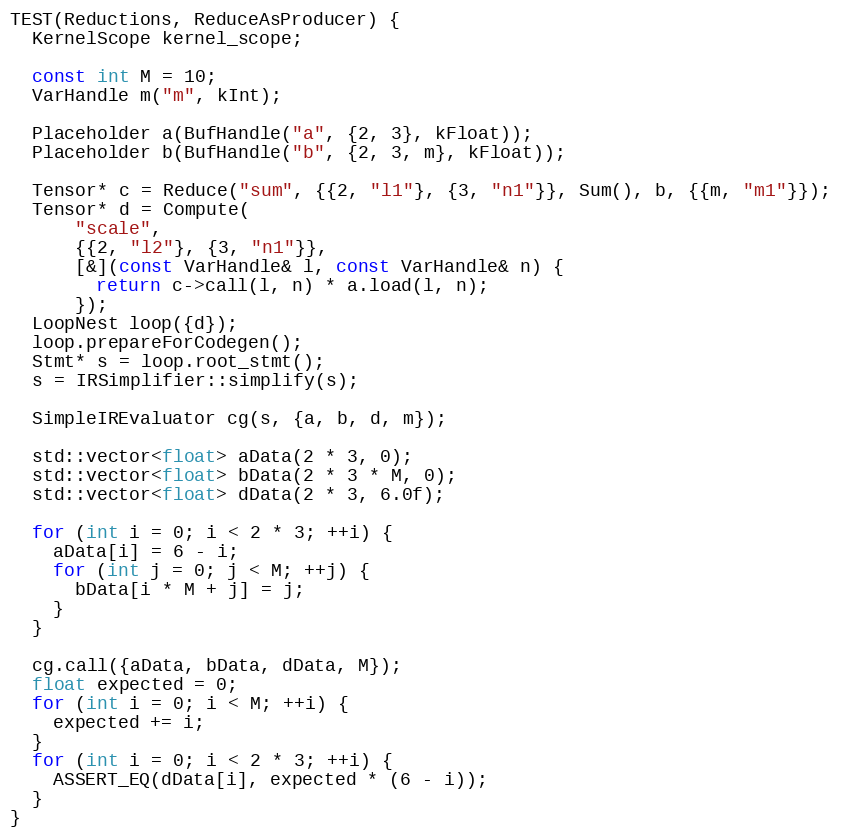
Language: C++
TEST(Reductions, ReduceAsProducer) {
  KernelScope kernel_scope;

  const int M = 10;
  VarHandle m("m", kInt);

  Placeholder a(BufHandle("a", {2, 3}, kFloat));
  Placeholder b(BufHandle("b", {2, 3, m}, kFloat));

  Tensor* c = Reduce("sum", {{2, "l1"}, {3, "n1"}}, Sum(), b, {{m, "m1"}});
  Tensor* d = Compute(
      "scale",
      {{2, "l2"}, {3, "n1"}},
      [&](const VarHandle& l, const VarHandle& n) {
        return c->call(l, n) * a.load(l, n);
      });
  LoopNest loop({d});
  loop.prepareForCodegen();
  Stmt* s = loop.root_stmt();
  s = IRSimplifier::simplify(s);

  SimpleIREvaluator cg(s, {a, b, d, m});

  std::vector<float> aData(2 * 3, 0);
  std::vector<float> bData(2 * 3 * M, 0);
  std::vector<float> dData(2 * 3, 6.0f);

  for (int i = 0; i < 2 * 3; ++i) {
    aData[i] = 6 - i;
    for (int j = 0; j < M; ++j) {
      bData[i * M + j] = j;
    }
  }

  cg.call({aData, bData, dData, M});
  float expected = 0;
  for (int i = 0; i < M; ++i) {
    expected += i;
  }
  for (int i = 0; i < 2 * 3; ++i) {
    ASSERT_EQ(dData[i], expected * (6 - i));
  }
}